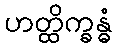
ဟတ္ထိက္ခန္ဓံ